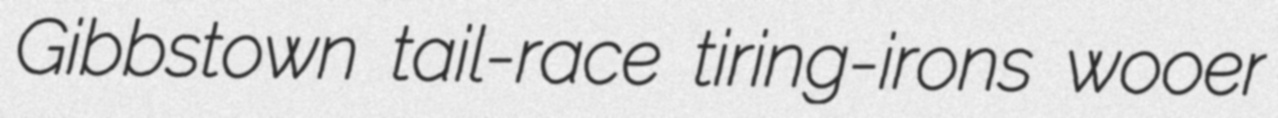
Gibbstown tail-race tiring-irons wooer